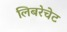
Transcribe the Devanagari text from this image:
लिबरेचेट